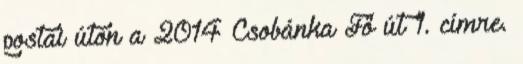
postai úton a 2014 Csobánka Fő út 1. címre.